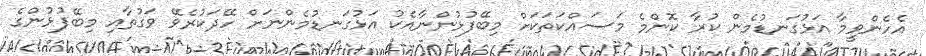
އެހެންވީމާ އަޅުގަނޑުމެން ކުރާ ކޮންމެ މަސައްކަތަކަށް މިބޭފުޅުންނާއެކު އަޅުގަނޑުމެންނަށް ހޭދަކުރެވޭ ވަގުތާއި މިބޭފުޅުންގެ